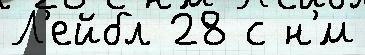
Л'ейбл 28 с н'́м